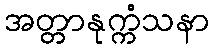
အတ္တာနုက္ကံသနာ